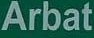
Arbat